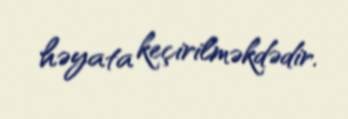
həyata keçirilməkdədir.